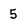
Character: 5